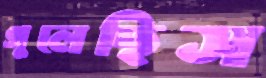
গুলেছিস